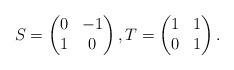
LaTeX: \begin{align*}S=\begin{pmatrix}0 & -1\\1 & 0\end{pmatrix},T=\begin{pmatrix}1 & 1\\0 & 1\end{pmatrix}.\end{align*}